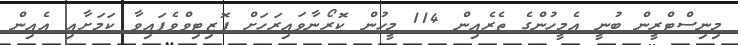
މިނިސްޓްރީން ބުނީ އެމީހުންގެ ތެރެއިން 114 މީހުން ކޮރޯނާވައިރަހަށް ޕޮޒިޓިވްވެފައިވާ ކަމަށާއި އެއިން